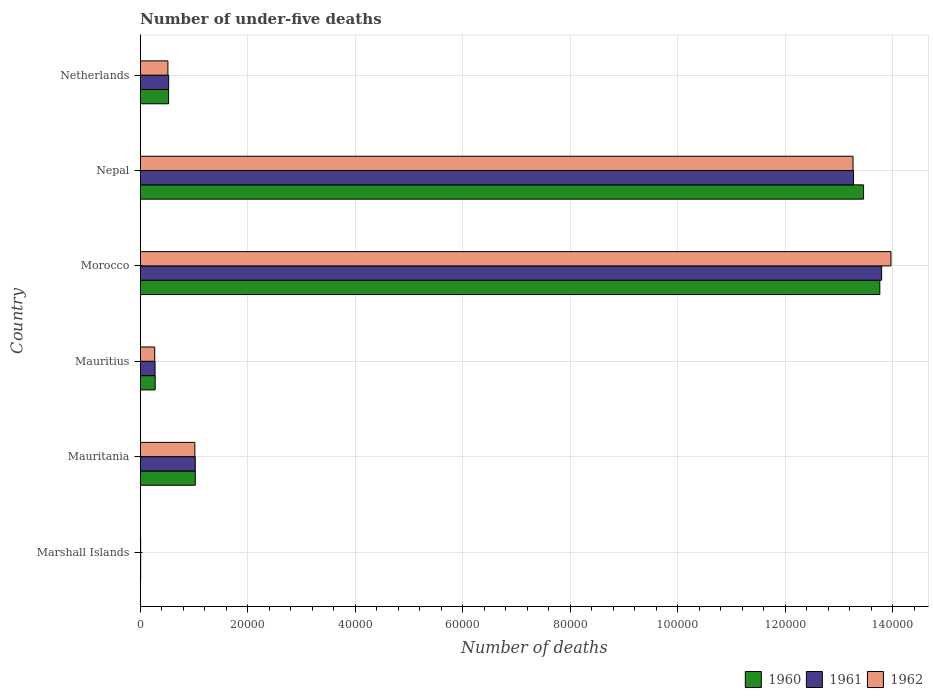
| Country | 1960 | 1961 | 1962 |
 | --- | --- | --- | --- |
 | Marshall Islands | 81 | 79 | 78 |
 | Mauritania | 1.02e+04 | 1.02e+04 | 1.02e+04 |
 | Mauritius | 2.78e+03 | 2.76e+03 | 2.7e+03 |
 | Morocco | 1.38e+05 | 1.38e+05 | 1.4e+05 |
 | Nepal | 1.35e+05 | 1.33e+05 | 1.33e+05 |
 | Netherlands | 5.28e+03 | 5.29e+03 | 5.15e+03 |